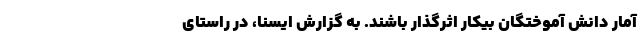
آمار دانش آموختگان بیکار اثرگذار باشند. به گزارش ایسنا، در راستای